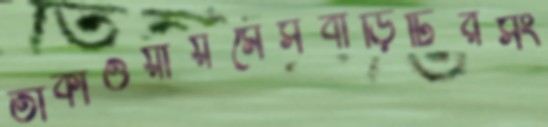
তাকাওয়ায়মেসবাড়িটিরসং